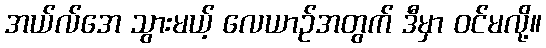
အယ်လ်အေ သွားမယ့် လေယာဉ်အတွက် ဒီမှာ ဝင်မလို့။